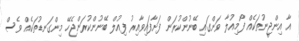
އާ އިންޖީނުތަކެއް ފޯމިއުލާ ވަންގައި ބޭނުންކުރަން ފަށާފައިވާއިރު ފިއުލް ބޭނުންކުރަންޖެހޭ މިންގަނޑުތަކެއް ވެސް